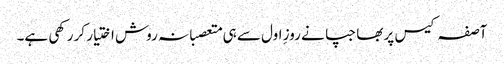
آصفہ کیس پر بھاجپا نے روزِ اول سے ہی متعصبانہ روش اختیار کر رکھی ہے۔